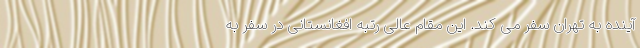
آینده به تهران سفر می کند. این مقام عالی رتبه افغانستانی در سفر به